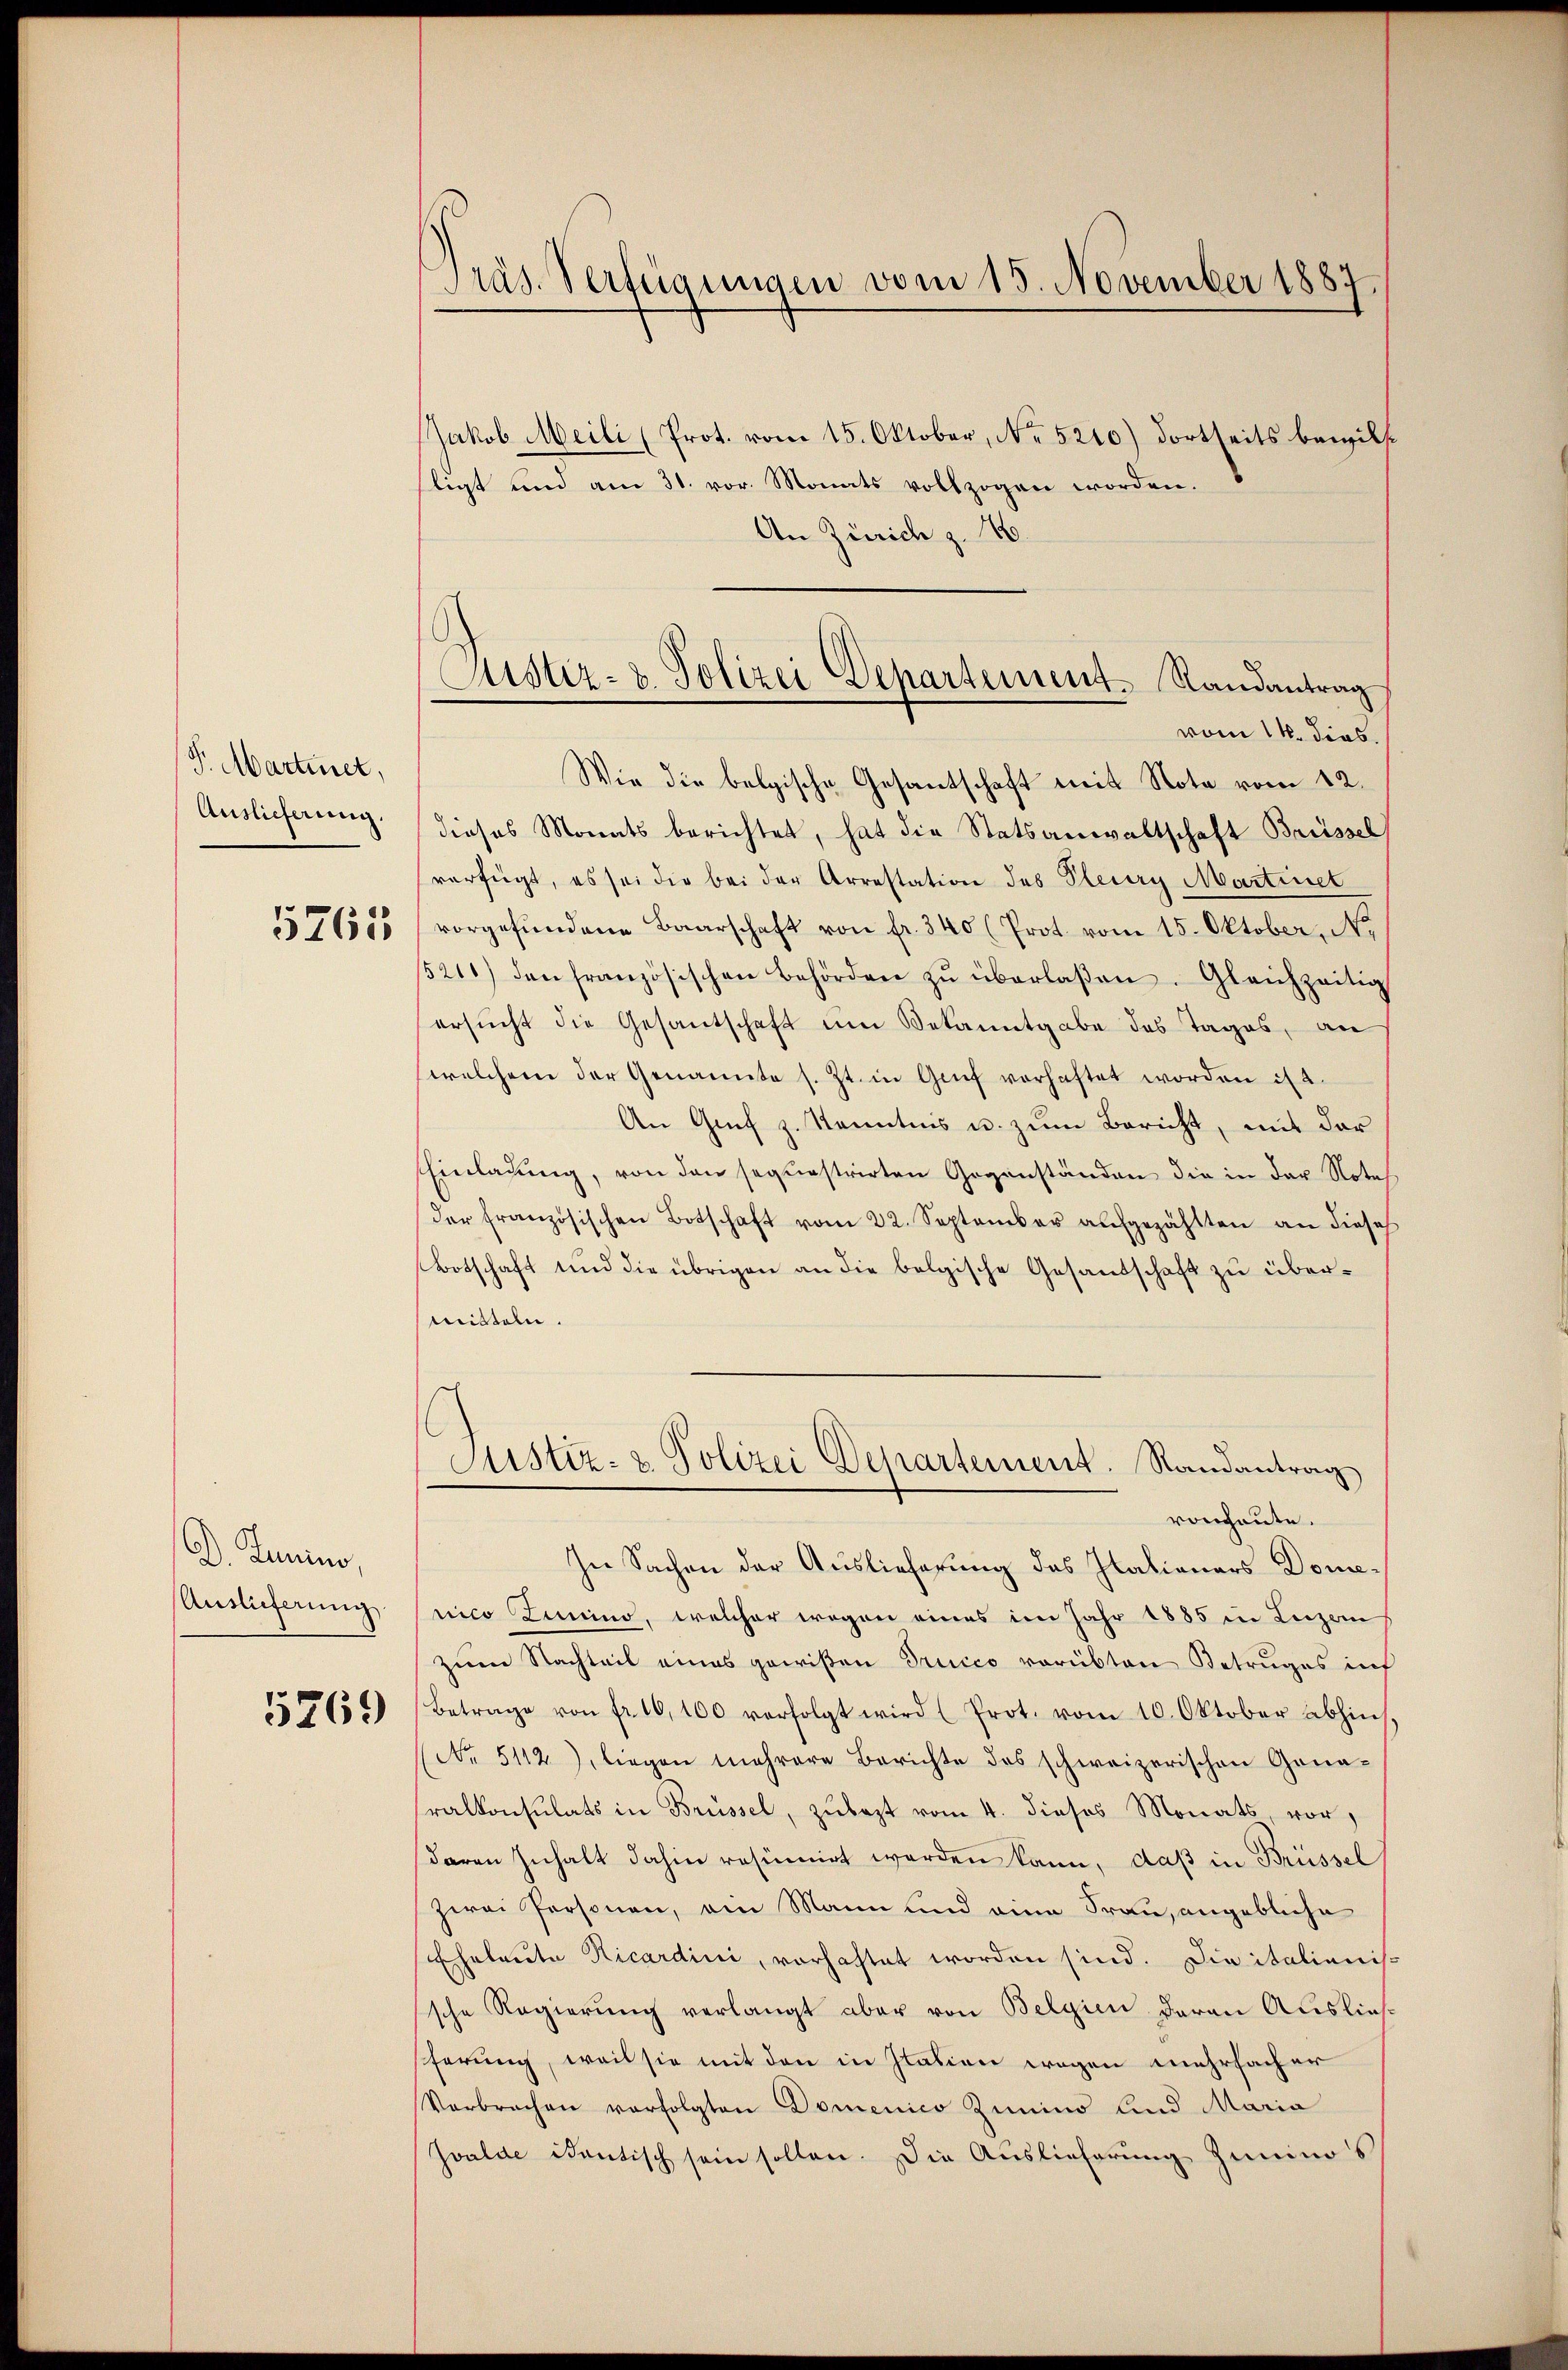
S. Martinet,
Auslieferung.
5765

D. Junius,
Auslieferung

5769

Jakob Meili (Prot. vom 15. Oktober, No 5210) dortseits bewillligt und am 31. vor. Monats vollzogen worden.
An Zürich z. B.

Präs. Verfügungen vom 15. November 1887.

Astiz- & Polizei Departement Randantrag
vom 14. dies

Wie die belgische Gesantschaft mit Note vom 12.
dieses Monats berichtet, hat die Statsanwaltschaft Brüssel
verfügt, es sei die bei der Arrestation des Steuery Martinet
vorgefundene Baarschaft von fr. 340 (Prot. vom 15. Oktober, No
5211) den französischen Behörden zŭ überlaßen. Gleichzeitig
ersŭcht die Gesantschaft ŭm Bekanntgabe das Tages, an
welchem der Genannte s. Zt. in Genf verhaftet worden is 2.
An Genf z. Kenntnis u. zum Bericht, mit der
Einladŭng, von den sequestrirten Gegenständen die in der Notes
der französischen Botschaft vom 22. September aŭfgezählten an diese
Botschaft und die übrigen an die belgische Gesandschaft zu übermitteln.
Justiz- & Polizei Departement. Randantrag
vonheute.
In Sachen der Auslieferung das Italianars Domenico Zimino, welcher wegen eines im Jahr 1885 in Luzern
zum Nachteil eines gewißen Trucco vorübten Betruges inf
Betrage von fr. 10,100 verfolgt wird (Prot. vom 10. Oktober abhin
(No. 5112), liegen mehrere Berichte des schweizerischen Gona-
ralkonsulats in Brüssel, zŭbezt vom 4. dieses Monats, vor,
daran Inhalt dahin resümirt werden kann, daß in Brüssel
zwei Personen, ein Mann und eine Frau, angebliche
Eheleute Nicardini, vorhaftet worden sind. Die italienissche Regierung verlangt aber von Belgien daran Auslief
ferung, weil sie mit den in Plation wegen mehrfacher
Verbrechen verfolgten Domenico Zimino und Maria
Zwalde itantisch sein sollen. Die Auslieferung ziminos